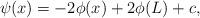
LaTeX: \begin{align*}\psi (x)=-2\phi (x)+2\phi (L) +c,\end{align*}